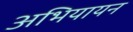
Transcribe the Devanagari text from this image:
अभियायन